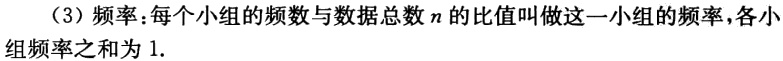
（3）频率：每个小组的频数与数据总数\(n\)的比值叫做这一小组的频率，各小组频率之和为 1.